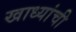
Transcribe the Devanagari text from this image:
खाध्यांची